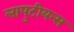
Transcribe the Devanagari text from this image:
लापुटीयन्स